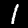
Digit: 1